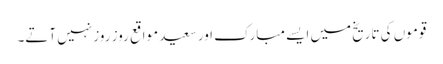
قوموں کی تاریخ میں ایسے مبارک اور سعید مواقع روز روز نہیں آتے۔